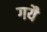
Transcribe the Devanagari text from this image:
गयै